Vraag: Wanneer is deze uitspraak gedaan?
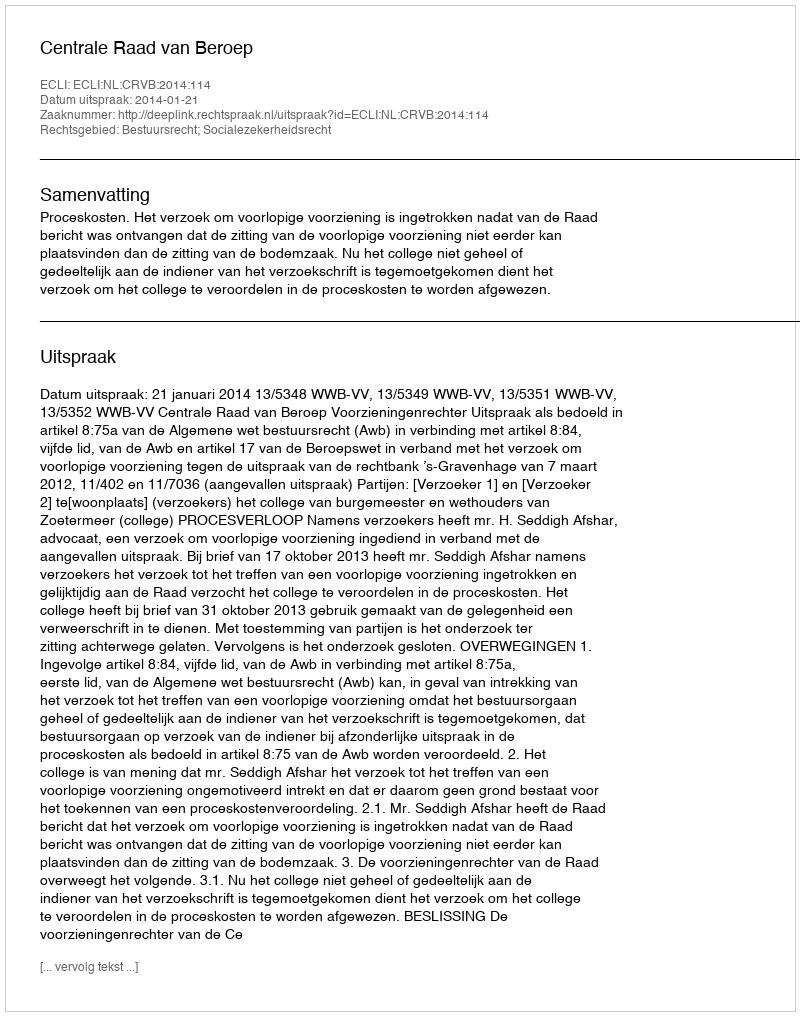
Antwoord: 2014-01-21